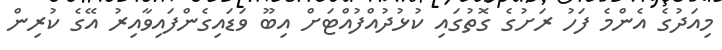
މިއަދުގެ އެންމެ ފަހު ރަށުގެ ގޮތުގައި ކުޅުދުއްފުއްޓަށް އިބޫ ވަޑައިގެންފައިވާއިރު އޭގެ ކުރިން